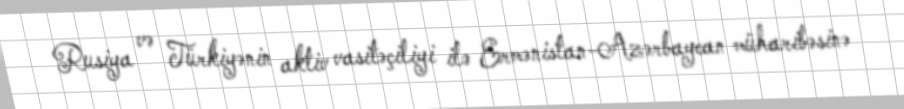
Rusiya və Türkiyənin aktiv vasitəçiliyi ilə Ermənistan-Azərbaycan müharibəsinə